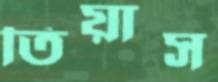
তিয়াস